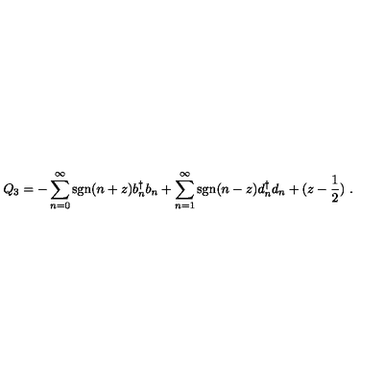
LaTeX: Q _ { 3 } = - \sum _ { n = 0 } ^ { \infty } \mathrm { { s g n } } ( n + z ) b _ { n } ^ { \dagger } b _ { n } + \sum _ { n = 1 } ^ { \infty } { \mathrm { s g n } } ( n - z ) d _ { n } ^ { \dagger } d _ { n } + ( z - { \frac { 1 } { 2 } } ) \ .